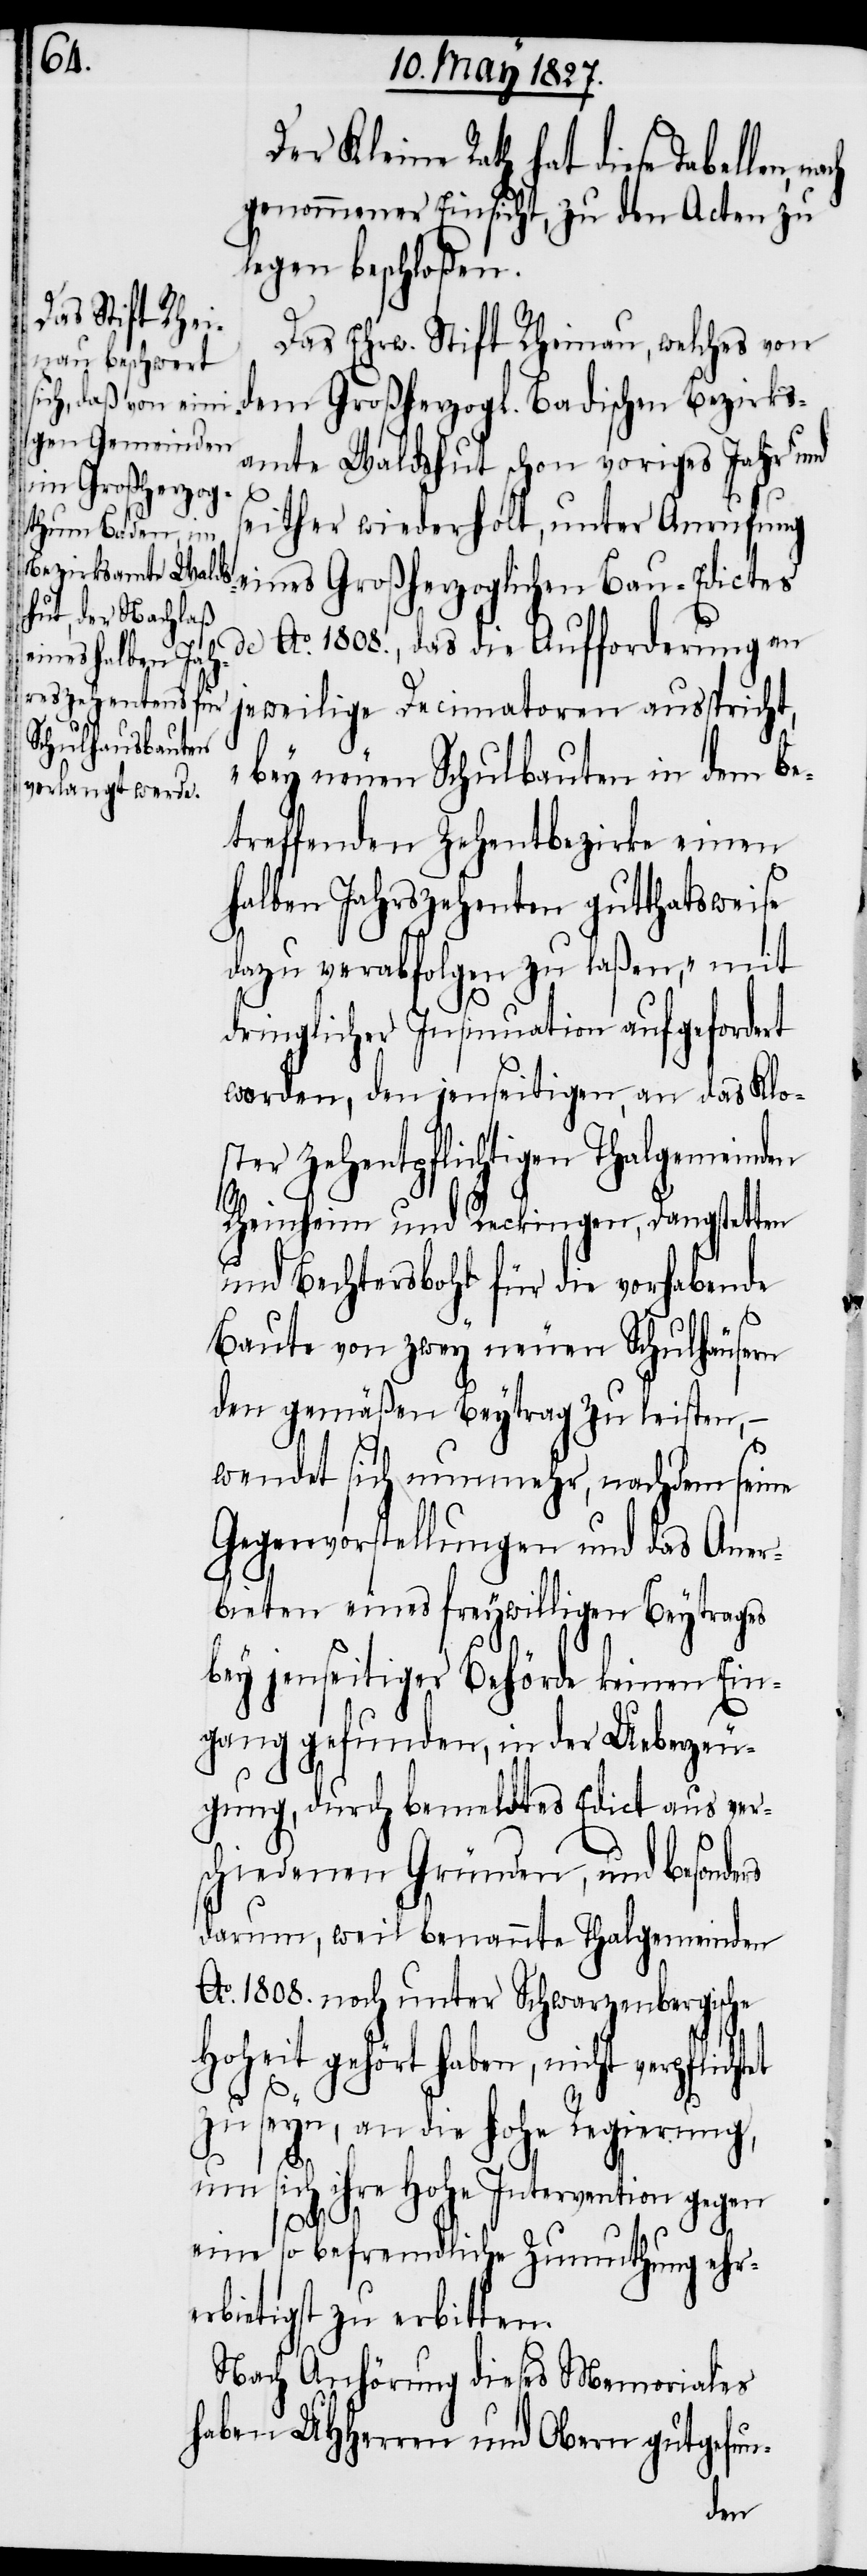
er Kleine Rath hat diese Tabellen,
genommener Einsicht, zu den Acten zu
legen beschloßen.
Das Ehrw. Stift Rheinau, welches von
dem Großherzogl. Badischen Bezirks¬
amte Waldshut schon voriges Jahr und
seither wiederholt, unter Anrufung
eines Großherzoglichen Bau-Edictes
de Ao. 1808., das die Aufforderung an
jeweilige Decimatoren ausspricht,
„bey neuen Schulbauten in dem be¬
treffenden Zehentbezirke einen
halben Jahreszehenten gutthatsweise
dazu verabfolgen zu laßen“, mit
dringlicher Insinuation aufgefordert
worden, den jenseitigen, an das Klo¬
ster Zehentpflichtigen Thalgemeinden
Rheinheim und Reckingen, Dangstetten
und Bechtersbohl für die vorhabende
Baute von zwey neuen Schulhäusern
den gemäßen Beytrag zu leisten,
wendet sich nunmehr, nachdem seine
Gegenvorstellungen und das Aner¬
bieten eines freywilligen Beytrages
bey jenseitiger Behörde keinen Ein¬
gang gefunden, in der Ueberzeu¬
gung, durch bemeldtes Edict aus ver¬
schiedenen Gründen, und besonders
darum, weil benannte Thalgemeinden
Ao. 1808. noch unter Schwarzenbergische
Hoheit gehört haben, nicht verpflich¬
zu seyn, an die Hohe Regierung,
um sich ihre Hohe Intervention gegen
tet
eine so befremdliche Zumuthung ehre¬
rbietigst zu erbitten.
Nach Anhörung dieses Memoriales
haben UHHerren und Obern gutgefun-